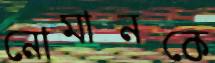
নোমানকে